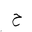
Letter: _ha